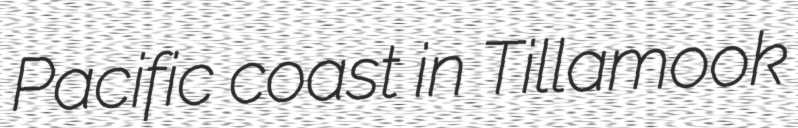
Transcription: Pacific coast in Tillamook